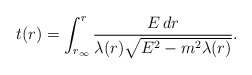
\begin{align*}t(r)=\int^r_{r_{\infty}} {{E\,dr}\over{\lambda(r)\sqrt{E^2-m^2\lambda(r)}}}.\end{align*}